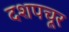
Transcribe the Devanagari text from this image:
दशपचूर